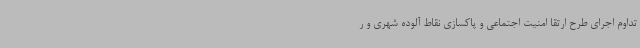
تداوم اجرای طرح ارتقا امنیت اجتماعی و پاکسازی نقاط آلوده شهری و ر